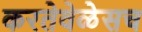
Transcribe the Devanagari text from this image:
करतेवेळेसच